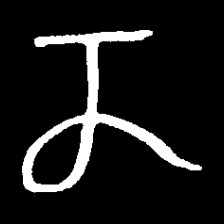
Pyu character \u2014 Myanmar letter: ဏ (romanized: nna)